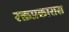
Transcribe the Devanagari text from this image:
रक्तप्रकारास